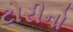
ટોરીનો